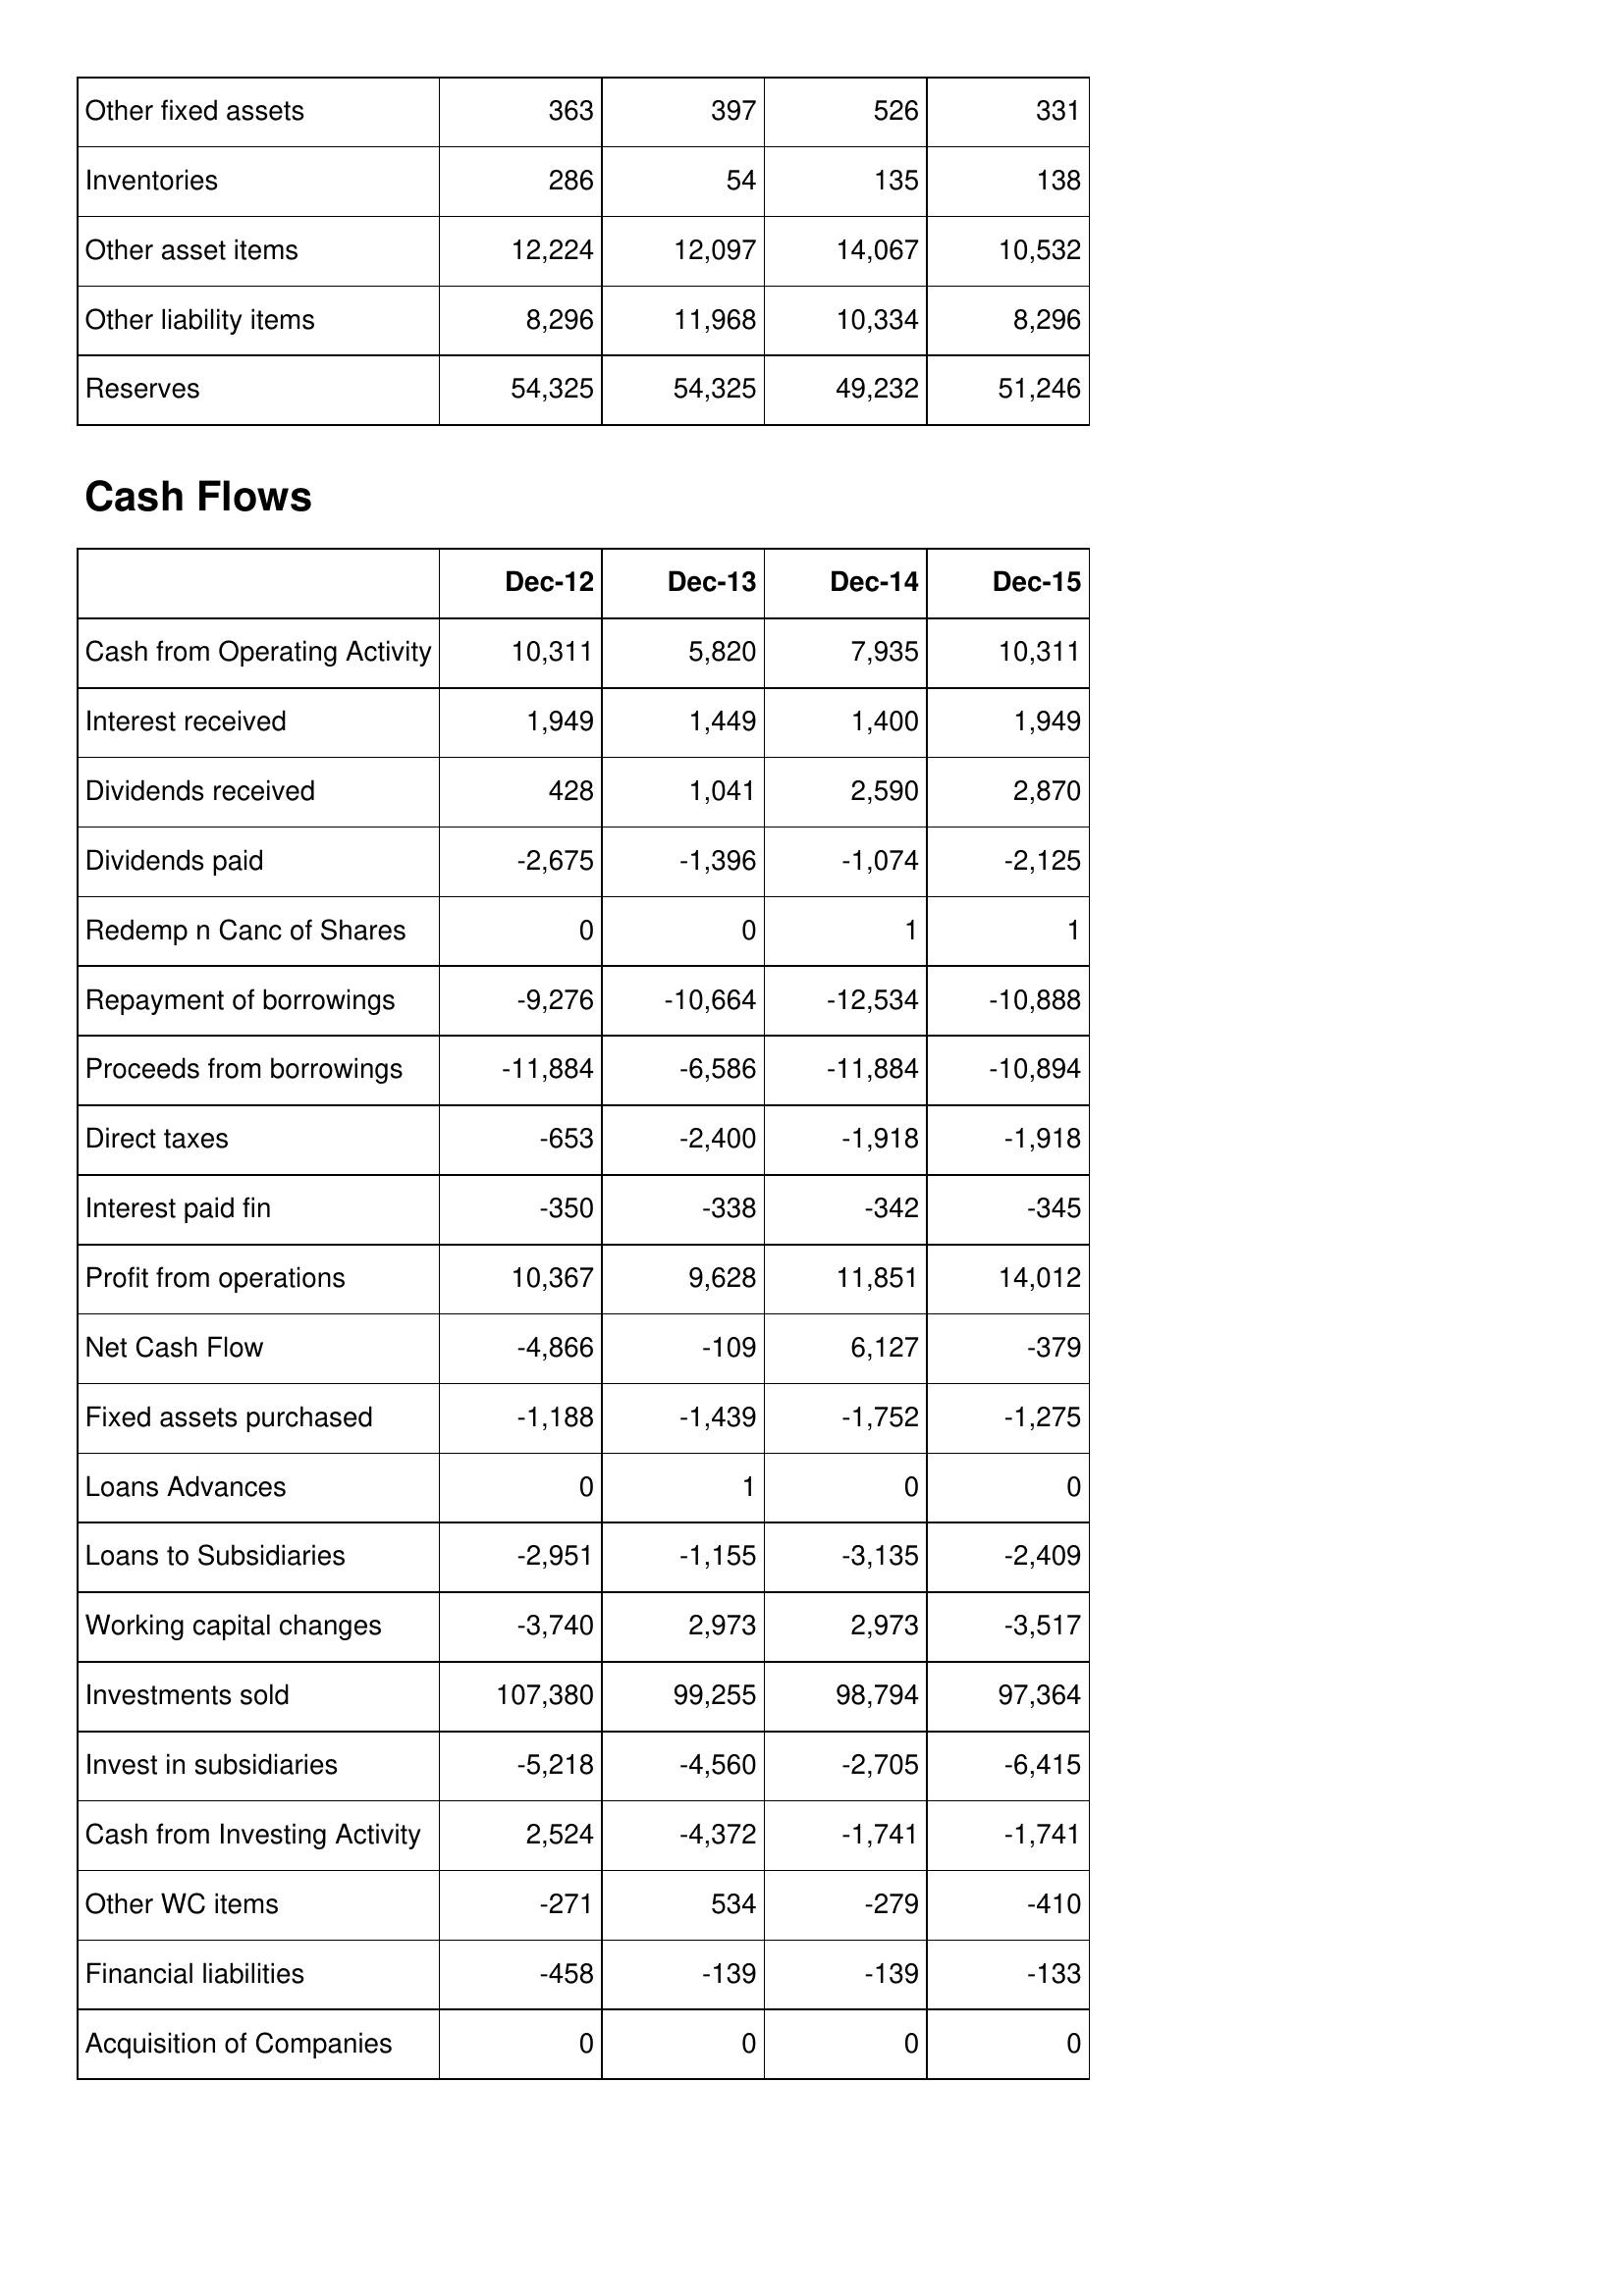
Dec-12: Balance Sheet: Other fixed assets: 363
Inventories: 286
Other asset items: 12,224
Other liability items: 8,296
Reserves: 54,325
Cash Flows: Cash from Operating Activity: 10,311
Interest received: 1,949
Dividends received: 428
Dividends paid: -2,675
Redemp n Canc of Shares: 0
Repayment of borrowings: -9,276
Proceeds from borrowings: -11,884
Direct taxes: -653
Interest paid fin: -350
Profit from operations: 10,367
Net Cash Flow: -4,866
Fixed assets purchased: -1,188
Loans Advances: 0
Loans to Subsidiaries: -2,951
Working capital changes: -3,740
Investments sold: 107,380
Invest in subsidiaries: -5,218
Cash from Investing Activity: 2,524
Other WC items: -271
Financial liabilities: -458
Acquisition of Companies: 0
Dec-13: Balance Sheet: Other fixed assets: 397
Inventories: 54
Other asset items: 12,097
Other liability items: 11,968
Reserves: 54,325
Cash Flows: Cash from Operating Activity: 5,820
Interest received: 1,449
Dividends received: 1,041
Dividends paid: -1,396
Redemp n Canc of Shares: 0
Repayment of borrowings: -10,664
Proceeds from borrowings: -6,586
Direct taxes: -2,400
Interest paid fin: -338
Profit from operations: 9,628
Net Cash Flow: -109
Fixed assets purchased: -1,439
Loans Advances: 1
Loans to Subsidiaries: -1,155
Working capital changes: 2,973
Investments sold: 99,255
Invest in subsidiaries: -4,560
Cash from Investing Activity: -4,372
Other WC items: 534
Financial liabilities: -139
Acquisition of Companies: 0
Dec-14: Balance Sheet: Other fixed assets: 526
Inventories: 135
Other asset items: 14,067
Other liability items: 10,334
Reserves: 49,232
Cash Flows: Cash from Operating Activity: 7,935
Interest received: 1,400
Dividends received: 2,590
Dividends paid: -1,074
Redemp n Canc of Shares: 1
Repayment of borrowings: -12,534
Proceeds from borrowings: -11,884
Direct taxes: -1,918
Interest paid fin: -342
Profit from operations: 11,851
Net Cash Flow: 6,127
Fixed assets purchased: -1,752
Loans Advances: 0
Loans to Subsidiaries: -3,135
Working capital changes: 2,973
Investments sold: 98,794
Invest in subsidiaries: -2,705
Cash from Investing Activity: -1,741
Other WC items: -279
Financial liabilities: -139
Acquisition of Companies: 0
Dec-15: Balance Sheet: Other fixed assets: 331
Inventories: 138
Other asset items: 10,532
Other liability items: 8,296
Reserves: 51,246
Cash Flows: Cash from Operating Activity: 10,311
Interest received: 1,949
Dividends received: 2,870
Dividends paid: -2,125
Redemp n Canc of Shares: 1
Repayment of borrowings: -10,888
Proceeds from borrowings: -10,894
Direct taxes: -1,918
Interest paid fin: -345
Profit from operations: 14,012
Net Cash Flow: -379
Fixed assets purchased: -1,275
Loans Advances: 0
Loans to Subsidiaries: -2,409
Working capital changes: -3,517
Investments sold: 97,364
Invest in subsidiaries: -6,415
Cash from Investing Activity: -1,741
Other WC items: -410
Financial liabilities: -133
Acquisition of Companies: 0